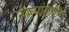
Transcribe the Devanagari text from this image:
लोकोद्धारासाठी